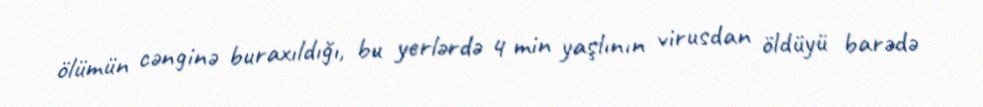
ölümün cənginə buraxıldığı, bu yerlərdə 4 min yaşlının virusdan öldüyü barədə